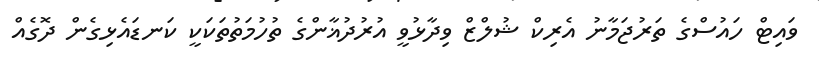
ވައިޓް ހައުސްގެ ތަރުޖަމާނު އެރިކް ޝުލްޒް ވިދާޅުވީ އުރުދުޣާންގެ ތުހުމަތުތަކަކީ ކަނޑައެޅިގެން ދޮގެއް